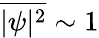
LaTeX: \overline{{|\psi|^{2}}}\sim 1